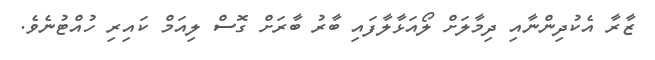
ޒާރާ އެކުދިންނާއި ދިމާލަށް ލޯއަޅާލާފައި ބާރު ބާރަށް ގޮސް ލިއަމް ކައިރި ހުއްޓުނެވެ.